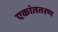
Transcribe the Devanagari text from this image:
एकांततरण